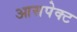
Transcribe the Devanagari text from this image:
आसपेक्ट